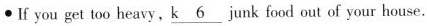
If you get too heavy. \underline{k6} junk food out of your house .